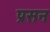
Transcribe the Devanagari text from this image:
प्रसन